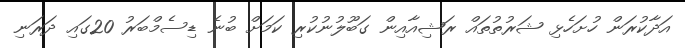
އަދާކުރަން ހުށަހެޅި ޝަރުތުތައް ރަޝިއާއިން ގަބޫލުނުކުރި ކަމަށް ބުނެ ޑިސެމްބަރު 20ގައި ދަރަނި